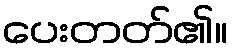
ပေးတတ်၏။